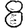
Digit: 8